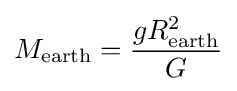
M_{\rm {earth}}={\frac {gR_{\rm {earth}}^{2}}{G}}